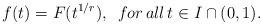
LaTeX: \begin{gather*}f(t)=F(t^{1/r}),\,\,\,for\,all\,t\in I\cap(0,1).\end{gather*}